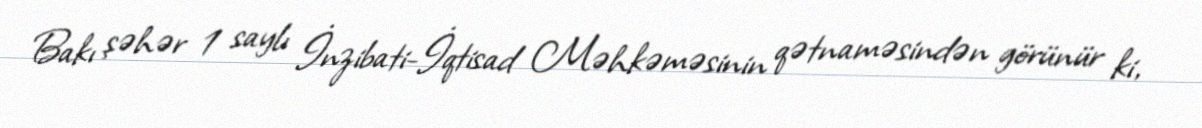
Bakı şəhər 1 saylı İnzibati-İqtisad Məhkəməsinin qətnaməsindən görünür ki,